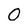
Character: 0